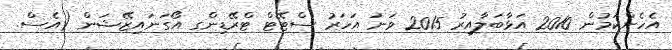
އެހެންކަމުން 2010 އަޅާބަލާއިރު 2015 ވަނަ އަހަރު ސްޓޭޓް ޓްރޭޑިންގ އޯގަނައިޒޭޝަން (އެސް.